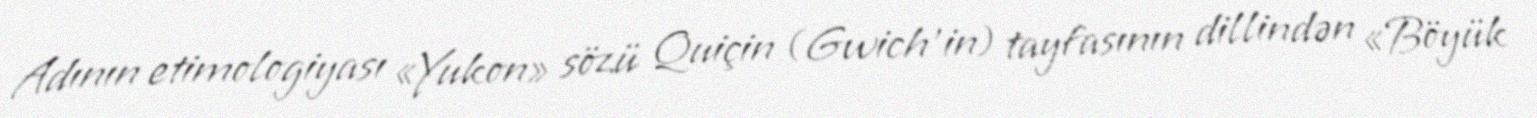
Adının etimologiyası «Yukon» sözü Quiçin (Gwich’in) tayfasının dillindən «Böyük